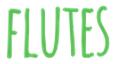
FLUTES